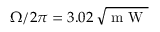
\Omega / 2 \pi = 3 . 0 2 \, \sqrt { \mathrm { ~ m ~ W ~ } }